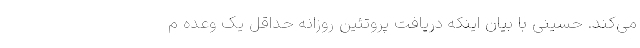
می‌کند. حسینی با بیان اینکه دریافت پروتئین روزانه حداقل یک وعده م